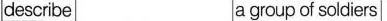
describe a group of soldiers